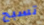
تسبح